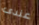
عندى